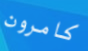
كامرون